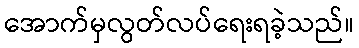
အောက်မှလွတ်လပ်ရေးရခဲ့သည်။